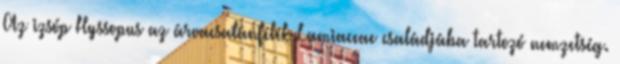
Az izsóp Hyssopus az árvacsalánfélék Lamiaceae családjába tartozó nemzetség.